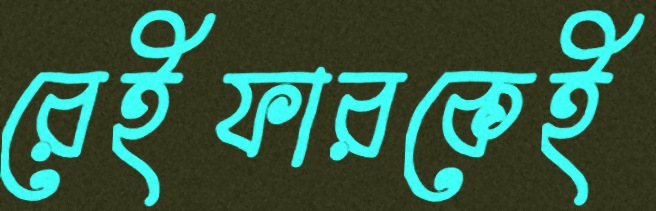
রেইফারকেই